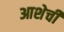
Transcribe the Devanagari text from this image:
आशेची